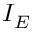
I _ { E }